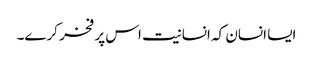
ایسا انسان کہ انسانیت اس پر فخر کرے۔